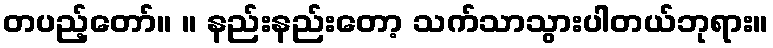
တပည့်တော်။ ။ နည်းနည်းတော့ သက်သာသွားပါတယ်ဘုရား။